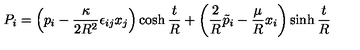
P _ { i } = \left( p _ { i } - \frac { \kappa } { 2 R ^ { 2 } } \epsilon _ { i j } x _ { j } \right) \cosh \frac { t } { R } + \left( \frac { 2 } { R } \tilde { p } _ { i } - \frac { \mu } { R } x _ { i } \right) \sinh \frac { t } { R }